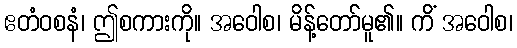
ဧတံဝစနံ၊ ဤစကားကို။ အဝေါစ၊ မိန့်တော်မူ၏။ ကိံ အဝေါစ၊